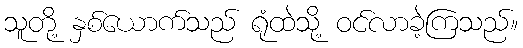
သူတို့ နှစ်ယောက်သည် ရုံထဲသို့ ဝင်လာခဲ့ကြသည်။